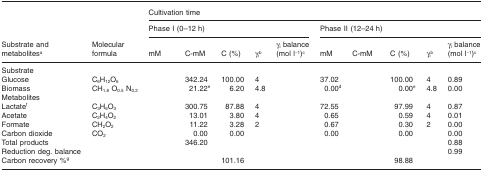
<table><thead><tr><td rowspan="3"><b>Substrate and metabolitesa</b></td><td rowspan="3"><b>Molecular formula</b></td><td colspan="10"><b>Cultivation time</b></td></tr><tr><td colspan="5"><b>Phase I (0–12 h)</b></td><td colspan="5"><b>Phase II (12–24 h)</b></td></tr><tr><td><b>mM</b></td><td><b>C-mM</b></td><td><b>C (%)</b></td><td><b>γ<sub>i</sub>b</b></td><td><b>γ<sub>i</sub> balance (mol l<sup>−1</sup>)c</b></td><td><b>mM</b></td><td><b>C-mM</b></td><td><b>C (%)</b></td><td><b>γ<sub>i</sub>b</b></td><td><b>γ<sub>i</sub> balance (mol l<sup>−1</sup>)c</b></td></tr></thead><tbody><tr><td>Substrate</td><td>[EMPTY_CELL]</td><td>[EMPTY_CELL]</td><td>[EMPTY_CELL]</td><td>[EMPTY_CELL]</td><td>[EMPTY_CELL]</td><td>[EMPTY_CELL]</td><td>[EMPTY_CELL]</td><td>[EMPTY_CELL]</td><td>[EMPTY_CELL]</td><td>[EMPTY_CELL]</td><td>[EMPTY_CELL]</td></tr><tr><td>Glucose</td><td>C<sub>6</sub>H<sub>12</sub>O<sub>6</sub></td><td>[EMPTY_CELL]</td><td>342.24</td><td>100.00</td><td>4</td><td>[EMPTY_CELL]</td><td>37.02</td><td>[EMPTY_CELL]</td><td>100.00</td><td>4</td><td>0.89</td></tr><tr><td>Biomass</td><td>CH<sub>1.8</sub> O<sub>0.5</sub> N<sub>0.2</sub></td><td>[EMPTY_CELL]</td><td>21.22e</td><td>6.20</td><td>4.8</td><td>[EMPTY_CELL]</td><td>0.00d</td><td>[EMPTY_CELL]</td><td>0.00e</td><td>4.8</td><td>0.00</td></tr><tr><td>Metabolites</td><td>[EMPTY_CELL]</td><td>[EMPTY_CELL]</td><td>[EMPTY_CELL]</td><td>[EMPTY_CELL]</td><td>[EMPTY_CELL]</td><td>[EMPTY_CELL]</td><td>[EMPTY_CELL]</td><td>[EMPTY_CELL]</td><td>[EMPTY_CELL]</td><td>[EMPTY_CELL]</td><td>[EMPTY_CELL]</td></tr><tr><td>Lactatef</td><td>C<sub>3</sub>H<sub>6</sub>O<sub>3</sub></td><td>[EMPTY_CELL]</td><td>300.75</td><td>87.88</td><td>4</td><td>[EMPTY_CELL]</td><td>72.55</td><td>[EMPTY_CELL]</td><td>97.99</td><td>4</td><td>0.87</td></tr><tr><td>Acetate</td><td>C<sub>2</sub>H<sub>4</sub>O<sub>2</sub></td><td>[EMPTY_CELL]</td><td>13.01</td><td>3.80</td><td>4</td><td>[EMPTY_CELL]</td><td>0.65</td><td>[EMPTY_CELL]</td><td>0.59</td><td>4</td><td>0.01</td></tr><tr><td>Formate</td><td>CH<sub>2</sub>O<sub>2</sub></td><td>[EMPTY_CELL]</td><td>11.22</td><td>3.28</td><td>2</td><td>[EMPTY_CELL]</td><td>0.67</td><td>[EMPTY_CELL]</td><td>0.30</td><td>2</td><td>0.00</td></tr><tr><td>Carbon dioxide</td><td>CO<sub>2</sub></td><td>[EMPTY_CELL]</td><td>0.00</td><td>0.00</td><td>[EMPTY_CELL]</td><td>[EMPTY_CELL]</td><td>0.00</td><td>[EMPTY_CELL]</td><td>0.00</td><td>[EMPTY_CELL]</td><td>0.00</td></tr><tr><td>Total products</td><td>[EMPTY_CELL]</td><td>[EMPTY_CELL]</td><td>346.20</td><td>[EMPTY_CELL]</td><td>[EMPTY_CELL]</td><td>[EMPTY_CELL]</td><td>[EMPTY_CELL]</td><td>[EMPTY_CELL]</td><td>[EMPTY_CELL]</td><td>[EMPTY_CELL]</td><td>0.88</td></tr><tr><td>Reduction deg. balance</td><td>[EMPTY_CELL]</td><td>[EMPTY_CELL]</td><td>[EMPTY_CELL]</td><td>[EMPTY_CELL]</td><td>[EMPTY_CELL]</td><td>[EMPTY_CELL]</td><td>[EMPTY_CELL]</td><td>[EMPTY_CELL]</td><td>[EMPTY_CELL]</td><td>[EMPTY_CELL]</td><td>0.99</td></tr><tr><td>Carbon recovery %g</td><td>[EMPTY_CELL]</td><td>[EMPTY_CELL]</td><td>[EMPTY_CELL]</td><td>101.16</td><td>[EMPTY_CELL]</td><td>[EMPTY_CELL]</td><td>[EMPTY_CELL]</td><td>[EMPTY_CELL]</td><td>98.88</td><td>[EMPTY_CELL]</td><td>[EMPTY_CELL]</td></tr></tbody></table>